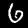
Label: 6